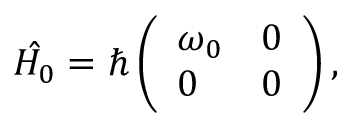
\hat { H _ { 0 } } = \hbar \left( \begin{array} { l l } { \omega _ { 0 } } & { 0 } \\ { 0 } & { 0 } \end{array} \right) ,